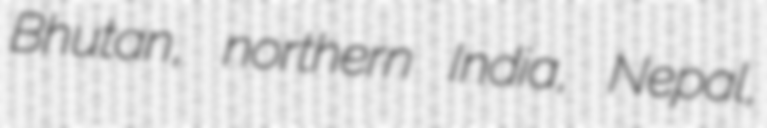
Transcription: Bhutan, northern India, Nepal,